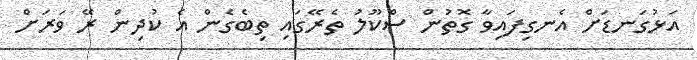
އަޅުގަނޑަށް އެނގިފައިވާ ގޮތުން ސްކޫލު ތެރޭގައި ތިބެގެން އެ ކުދިން ރޭ ވަރަށް